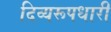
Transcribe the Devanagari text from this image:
दिव्यरूपधारी